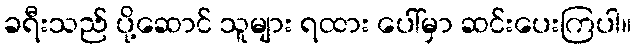
ခရီးသည် ပို့ဆောင် သူများ ရထား ပေါ်မှာ ဆင်းပေးကြပါ။